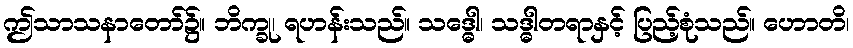
ဤသာသနာတော်၌။ ဘိက္ခု၊ ရဟန်းသည်။ သဒ္ဓေါ၊ သဒ္ဓါတရာနှင့် ပြည့်စုံသည်။ ဟောတိ၊